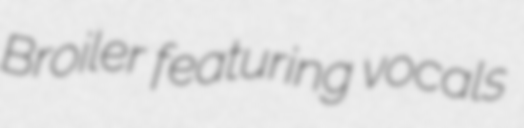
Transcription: Broiler featuring vocals